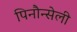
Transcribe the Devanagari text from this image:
पिनौन्सेली